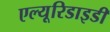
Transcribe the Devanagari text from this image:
एल्यूरिडाइडी